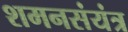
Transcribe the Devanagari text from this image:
शमनसंयंत्र